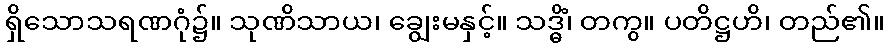
ရှိသောသရဏဂုံ၌။ သုဏိသာယ၊ ချွေးမနှင့်။ သဒ္ဓိံ၊ တကွ။ ပတိဋ္ဌဟိ၊ တည်၏။